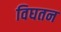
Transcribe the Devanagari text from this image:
विघतन